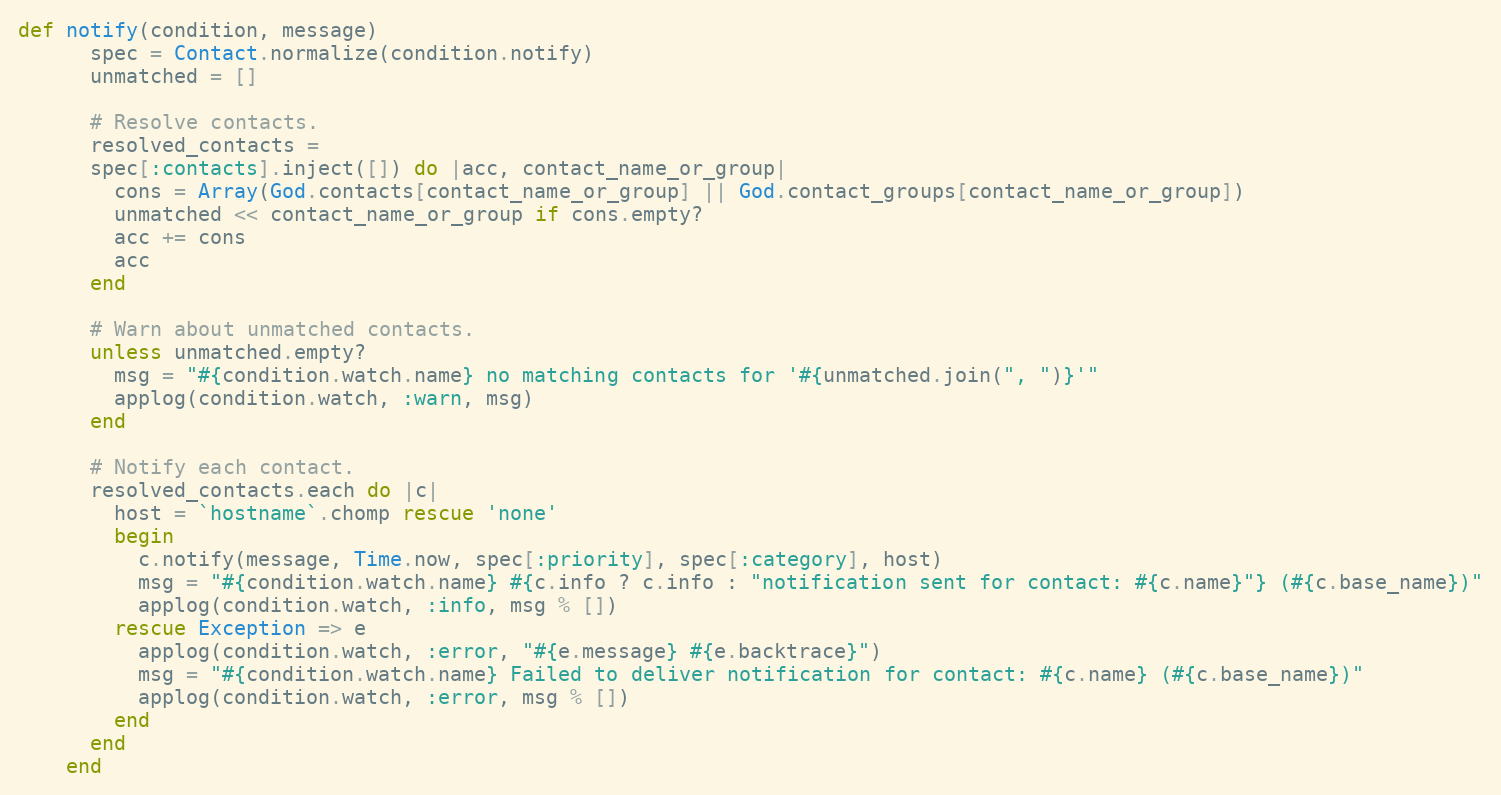
Language: Ruby
def notify(condition, message)
      spec = Contact.normalize(condition.notify)
      unmatched = []

      # Resolve contacts.
      resolved_contacts =
      spec[:contacts].inject([]) do |acc, contact_name_or_group|
        cons = Array(God.contacts[contact_name_or_group] || God.contact_groups[contact_name_or_group])
        unmatched << contact_name_or_group if cons.empty?
        acc += cons
        acc
      end

      # Warn about unmatched contacts.
      unless unmatched.empty?
        msg = "#{condition.watch.name} no matching contacts for '#{unmatched.join(", ")}'"
        applog(condition.watch, :warn, msg)
      end

      # Notify each contact.
      resolved_contacts.each do |c|
        host = `hostname`.chomp rescue 'none'
        begin
          c.notify(message, Time.now, spec[:priority], spec[:category], host)
          msg = "#{condition.watch.name} #{c.info ? c.info : "notification sent for contact: #{c.name}"} (#{c.base_name})"
          applog(condition.watch, :info, msg % [])
        rescue Exception => e
          applog(condition.watch, :error, "#{e.message} #{e.backtrace}")
          msg = "#{condition.watch.name} Failed to deliver notification for contact: #{c.name} (#{c.base_name})"
          applog(condition.watch, :error, msg % [])
        end
      end
    end